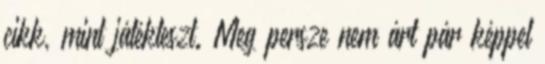
cikk, mint játékteszt. Meg persze nem árt pár képpel